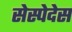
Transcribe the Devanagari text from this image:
सेस्पेदेस